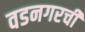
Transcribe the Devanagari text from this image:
वडनगरची